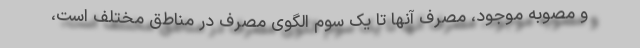
و مصوبه موجود، مصرف آنها تا یک سوم الگوی مصرف در مناطق مختلف است،